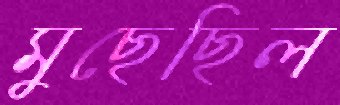
মুছেছিল